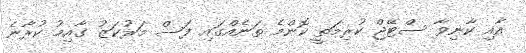
އާއި ކާނިވާ ސްޓޭޖް ކުރިމަތީ ކޮންމެ ތަނެއްގައި ފަސް މަރުކަޒު ގާއިމު ކުރާނެ